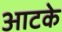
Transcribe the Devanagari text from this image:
आटके